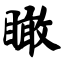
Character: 瞰